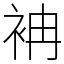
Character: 袡